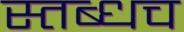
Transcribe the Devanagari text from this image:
स्तब्धच